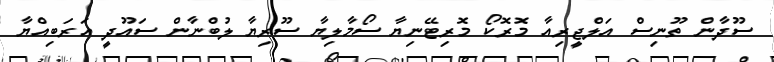
ސޫދާން ތޫނިސް އަލްޖީރިއާ މޮރޮކޯ މޮރިޓޭނިޔާ ސޯމާލިޔާ ސޫރިޔާ ލުބްނާން ސައޫދީ އަރަބިއްޔާ